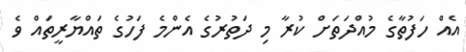
އެއް ހަފުތާގެ މުއްދަތަށް ކުރާ މި ދަތުރުގެ އެންމެ ފަހުގެ ތައްޔާރީތައް ވެ